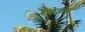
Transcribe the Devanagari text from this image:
मेंफेगोल